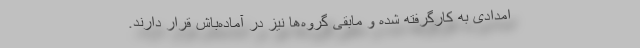
امدادی به کارگرفته شده و مابقی گروه‌ها نیز در آماده‌باش قرار دارند.